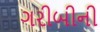
ગરીબીની